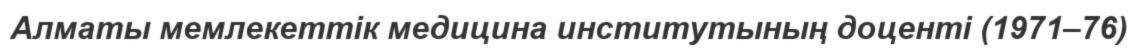
Алматы мемлекеттік медицина институтының доценті (1971–76)